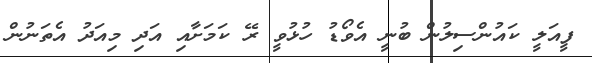
ފީއަލީ ކައުންސިލުން ބުނީ އެވޯޑު ހުޅުވީ ރޭ ކަމަށާއި އަދި މިއަދު އެތަނުން